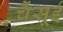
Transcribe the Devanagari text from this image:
चैंसूई